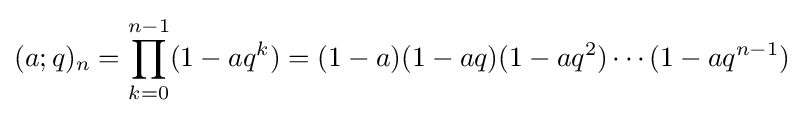
\displaystyle (a;q)_{n}=\prod _{k=0}^{n-1}(1-aq^{k})=(1-a)(1-aq)(1-aq^{2})\cdots (1-aq^{n-1})